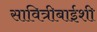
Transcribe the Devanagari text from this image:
सावित्रीबाईशी